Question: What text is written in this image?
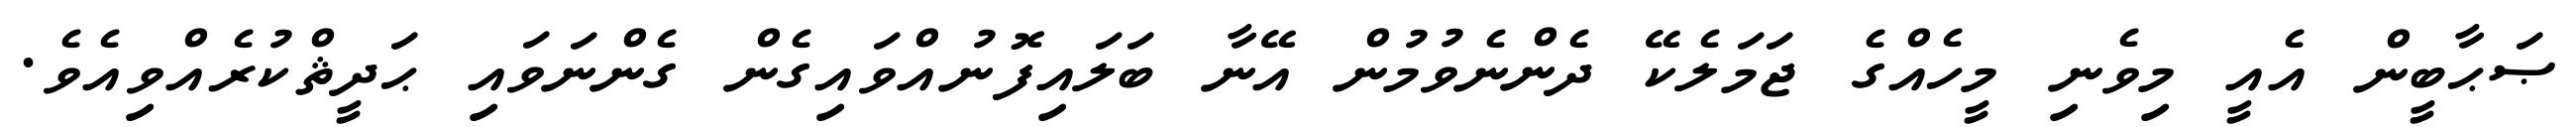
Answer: ޞަޙާބީން އެއީ މިވެނި މީހެއްގެ ޖަމަލެކޭ ދެންނެވުމުން އޭނާ ބަލައިފޮނުއްވައިގެން ގެންނަވައި ޙަދީޘްކުރެއްވިއެވެ.